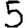
Digit: 5